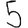
Digit: 5